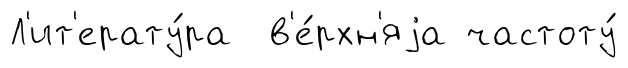
Л'ит'ерату́ра в'е́рхн'яjа частоту́